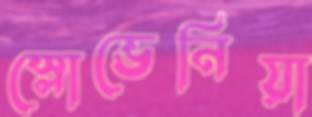
স্লোভেনিয়া